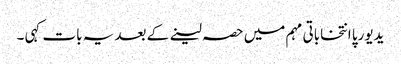
یدیورپا انتخاباتی مہم میں حصہ لینے کے بعد یہ بات کہی ۔